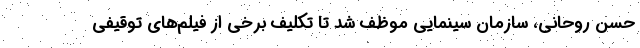
حسن روحانی، سازمان سینمایی موظف شد تا تکلیف برخی از فیلم‌های توقیفی